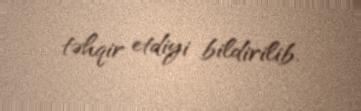
təhqir etdiyi bildirilib.